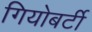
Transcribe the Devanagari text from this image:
गियोबर्टी